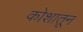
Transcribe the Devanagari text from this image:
कोशातून